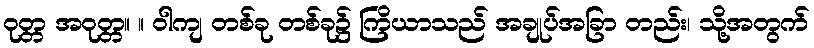
ဝုတ္တ အဝုတ္တ။ ။ ဝါကျ တစ်ခု တစ်ခု၌ ကြိယာသည် အချုပ်အခြာ တည်း၊ သို့အတွက်